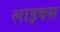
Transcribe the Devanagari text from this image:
लाइक्‍स